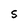
Character: S